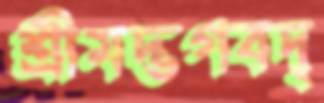
শ্রীমদ্ভগবদ্